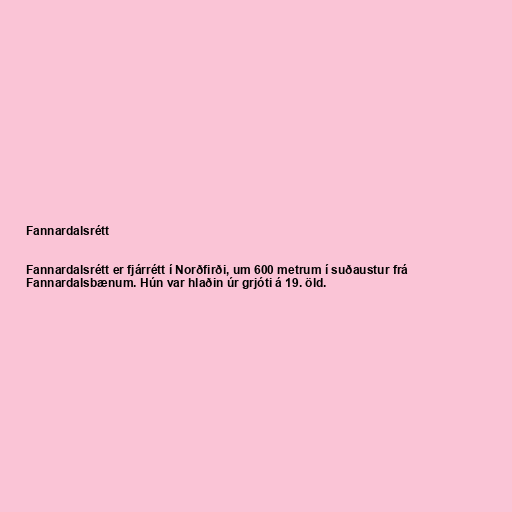
Fannardalsrétt

Fannardalsrétt er fjárrétt í Norðfirði, um 600 metrum í suðaustur frá
Fannardalsbænum. Hún var hlaðin úr grjóti á 19. öld.